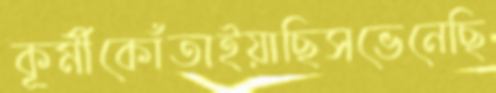
কূর্মীকোঁতাইয়াছিসভেনেছি